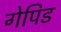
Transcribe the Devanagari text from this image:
गेपिड